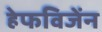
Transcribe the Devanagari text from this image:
हेफविजेंन